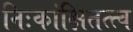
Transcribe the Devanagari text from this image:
निःकांक्षितत्त्व